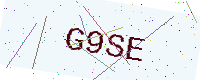
Text: G9SE